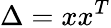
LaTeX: \Delta=xx^{T}